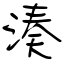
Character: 湊